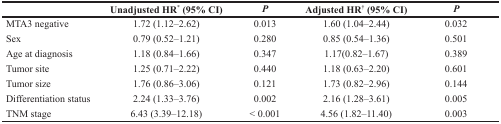
|  | Unadjusted HR* (95% CI) | P | Adjusted HR† (95% CI) | P |
 | --- | --- | --- | --- | --- |
 | MTA3 negative | 1.72 (1.12–2.62) | 0.013 | 1.60 (1.04–2.44) | 0.032 |
 | Sex | 0.79 (0.52–1.21) | 0.280 | 0.85 (0.54–1.36) | 0.501 |
 | Age at diagnosis | 1.18 (0.84–1.66) | 0.347 | 1.17(0.82–1.67) | 0.389 |
 | Tumor site | 1.25 (0.71–2.22) | 0.440 | 1.18 (0.63–2.20) | 0.601 |
 | Tumor size | 1.76 (0.86–3.06) | 0.121 | 1.73 (0.82–2.96) | 0.144 |
 | Differentiation status | 2.24 (1.33–3.76) | 0.002 | 2.16 (1.28–3.61) | 0.005 |
 | TNM stage | 6.43 (3.39–12.18) | < 0.001 | 4.56 (1.82–11.40) | 0.003 |